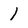
Character: 1